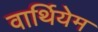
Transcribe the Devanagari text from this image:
वार्थियेम